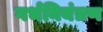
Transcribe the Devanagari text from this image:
गर्भनियंत्रण